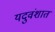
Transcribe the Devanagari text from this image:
यदुवंशात